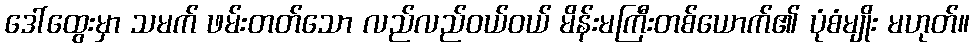
ဒေါ်ထွေးမှာ သမက် ဖမ်းတတ်သော လည်လည်ဝယ်ဝယ် မိန်းမကြီးတစ်ယောက်၏ ပုံစံမျိုး မဟုတ်။